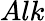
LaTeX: Alk